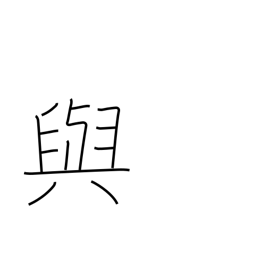
Meaning: provide